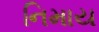
નિમાય